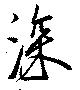
深